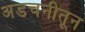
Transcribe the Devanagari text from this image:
अडचनीतून